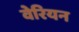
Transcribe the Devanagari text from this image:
वेरियन